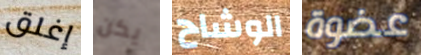
إغلق يكن الوشاح عضوة